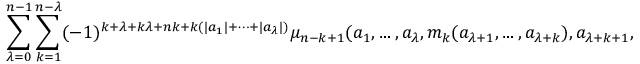
\sum _ { \lambda = 0 } ^ { n - 1 } \sum _ { k = 1 } ^ { n - \lambda } ( - 1 ) ^ { k + \lambda + k \lambda + n k + k ( \vert a _ { 1 } \vert + \dots + \vert a _ { \lambda } \vert ) } \mu _ { n - k + 1 } ( a _ { 1 } , \dots , a _ { \lambda } , m _ { k } ( a _ { \lambda + 1 } , \dots , a _ { \lambda + k } ) , a _ { \lambda + k + 1 } , \dots , a _ { n } ) = 0 .